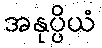
အနုပ္ပိယံ